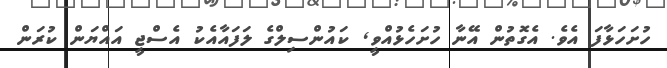
ހުށަހަޅާފަ އެވެ. އެގޮތުން އޭނާ ހުށަހެޅުއްވީ